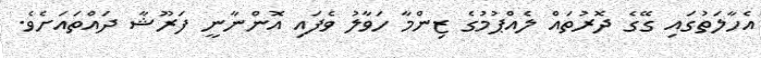
އެހާލަތުގައި ގޭގެ ދޮރުތައް ލެއްޕުމުގެ ޒިންމާ ހަވާލު ވެފައި އޮންނާނީ ފަރޫޝާ ދައްތައަށެވެ.